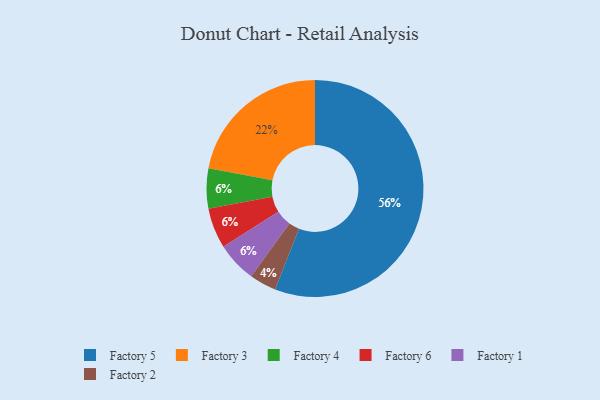
{"axis": {"x": "Category", "y": "Percentage"}, "legend": ["Factory 1", "Factory 2", "Factory 3", "Factory 4", "Factory 5", "Factory 6"], "data": [{"x": "Factory 3", "y": 22, "type": "Factory 3"}, {"x": "Factory 2", "y": 4, "type": "Factory 2"}, {"x": "Factory 5", "y": 56, "type": "Factory 5"}, {"x": "Factory 4", "y": 6, "type": "Factory 4"}, {"x": "Factory 6", "y": 6, "type": "Factory 6"}, {"x": "Factory 1", "y": 6, "type": "Factory 1"}]}